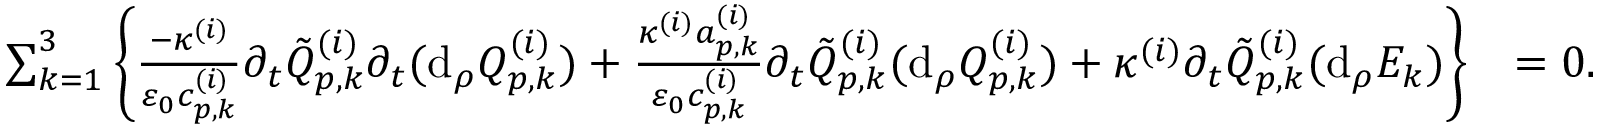
\begin{array} { r l } { \sum _ { k = 1 } ^ { 3 } \left\{ \frac { - \kappa ^ { ( i ) } } { \varepsilon _ { 0 } c _ { p , k } ^ { ( i ) } } \partial _ { t } \tilde { Q } _ { p , k } ^ { ( i ) } \partial _ { t } ( \mathrm { d } _ { \rho } Q _ { p , k } ^ { ( i ) } ) + \frac { \kappa ^ { ( i ) } a _ { p , k } ^ { ( i ) } } { \varepsilon _ { 0 } c _ { p , k } ^ { ( i ) } } \partial _ { t } \tilde { Q } _ { p , k } ^ { ( i ) } ( \mathrm { d } _ { \rho } Q _ { p , k } ^ { ( i ) } ) + \kappa ^ { ( i ) } \partial _ { t } \tilde { Q } _ { p , k } ^ { ( i ) } ( \mathrm { d } _ { \rho } E _ { k } ) \right\} } & { = 0 . } \end{array}